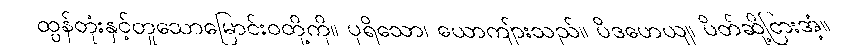
ထွန်တုံးနှင့်တူသောမြောင်းဝတို့ကို။ ပုရိသော၊ ယောကျ်ားသည်။ ပိဒဟေယျ၊ ပိတ်ဆို့ငြားအံ့။